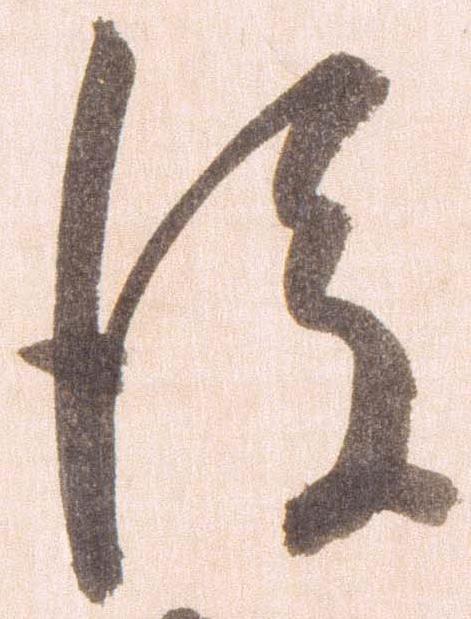
後